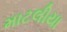
માટલીયા